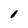
Character: O